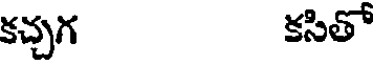
కచ్చగ కసితో